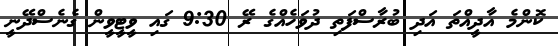
ކޮންމެ އާދީއްތަ އަދި ބުރާސްފަތި ދުވަހެއްގެ ރޭ 9:30 ގައި ވީޓީވީން ގެނެސްދޭނީ